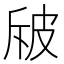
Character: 㿭